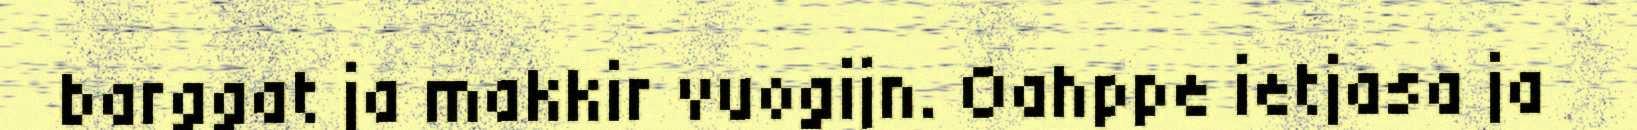
barggat ja makkir vuogijn. Oahppe ietjasa ja